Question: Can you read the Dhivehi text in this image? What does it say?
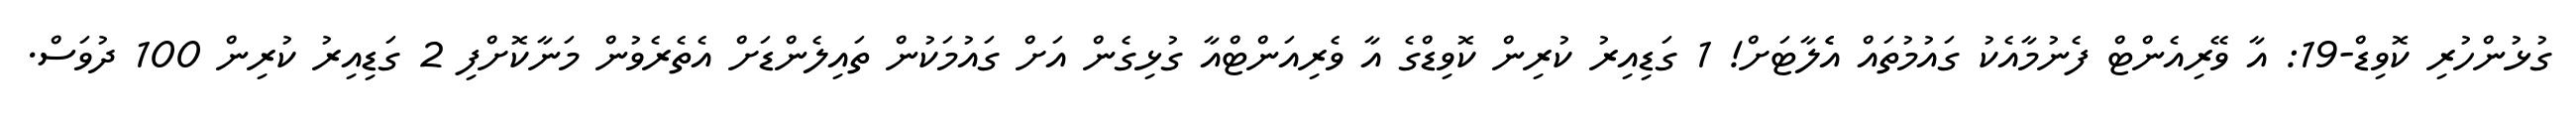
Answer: ގުޅުންހުރި ކޮވިޑް-19: އާ ވޭރިއެންޓް ފެނުމާއެކު ގައުމުތައް އެެލާޓަށް! 1 ގަޑިއިރު ކުރިން ކޮވިޑްގެ އާ ވެރިއަންޓްއާ ގުޅިގެން އަށް ގައުމަކުން ތައިލެންޑަށް އެތެރެވުން މަނާކޮށްފި 2 ގަޑިއިރު ކުރިން 100 ދުވަސް.